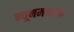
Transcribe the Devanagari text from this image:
न्यूनमनस्क